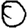
Digit: 0